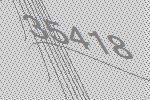
35418